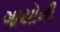
ગાયોની